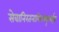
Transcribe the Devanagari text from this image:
सेवानिरतनायिरुक्कुमईन्न